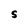
Character: S